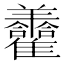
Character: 𦏮